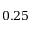
0 . 2 5